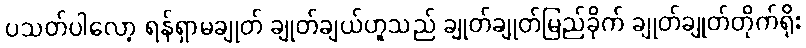
ပသတ်ပါလော့ ရန်ရှာမချုတ် ချုတ်ချယ်ဟူသည် ချုတ်ချုတ်မြည်ခိုက် ချုတ်ချုတ်တိုက်ရိုး